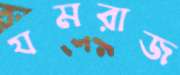
যমরাজ